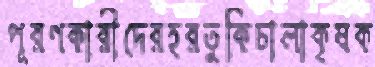
পূরণকারীদেরহরতুকিচালাকৃষক